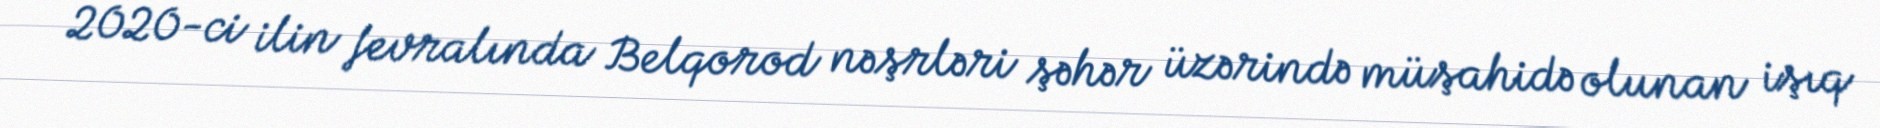
2020-ci ilin fevralında Belqorod nəşrləri şəhər üzərində müşahidə olunan işıq